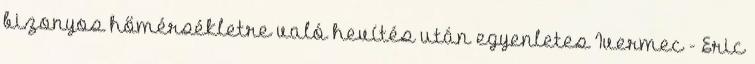
bizonyos hőmérsékletre való hevítés után egyenletes Ivermec - Eric